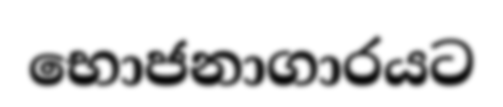
භොජනාගාරයට